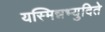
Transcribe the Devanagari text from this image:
यस्मिन्नभ्युदिते